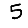
Digit: 5